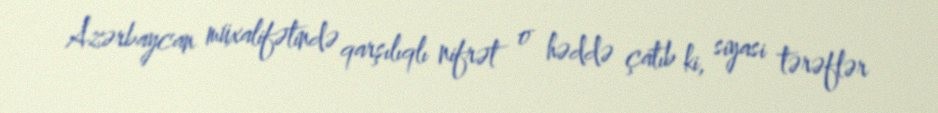
Azərbaycan müxalifətində qarşılıqlı nifrət o həddə çatıb ki, siyasi tərəflər